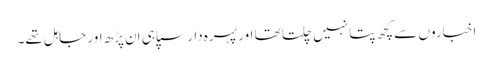
اخباروں سے کچھ پتا نہیں چلتا تھا اور پہرہ دار سپاہی اَن پڑھ اور جاہل تھے۔